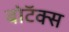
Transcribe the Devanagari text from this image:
बोटॅक्स